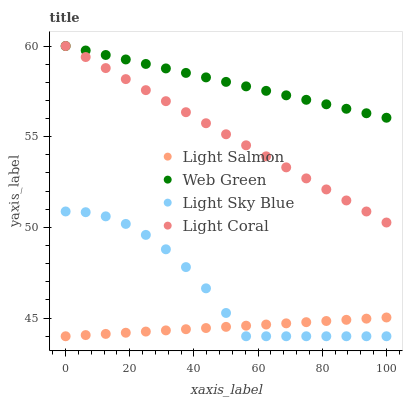
| xaxis_label | Light Salmon | Web Green | Light Sky Blue | Light Coral |
 | --- | --- | --- | --- | --- |
 | 0 | 44 | 60 | 50.9 | 60 |
 | 6.25 | 44.1 | 59.8 | 50.8 | 59.4 |
 | 12.5 | 44.1 | 59.5 | 50.6 | 58.8 |
 | 18.8 | 44.2 | 59.3 | 50.2 | 58.2 |
 | 25 | 44.3 | 59 | 49.6 | 57.6 |
 | 31.2 | 44.3 | 58.8 | 48.8 | 57 |
 | 37.5 | 44.4 | 58.5 | 47.8 | 56.4 |
 | 43.8 | 44.5 | 58.3 | 46.6 | 55.7 |
 | 50 | 44.5 | 58 | 45.3 | 55.1 |
 | 56.2 | 44.6 | 57.8 | 44 | 54.5 |
 | 62.5 | 44.6 | 57.5 | 44 | 53.9 |
 | 68.8 | 44.7 | 57.3 | 44 | 53.3 |
 | 75 | 44.8 | 57 | 44 | 52.7 |
 | 81.2 | 44.8 | 56.8 | 44 | 52.1 |
 | 87.5 | 44.9 | 56.5 | 44 | 51.5 |
 | 93.8 | 45 | 56.3 | 44 | 50.9 |
 | 100 | 45 | 56 | 44 | 50.3 |